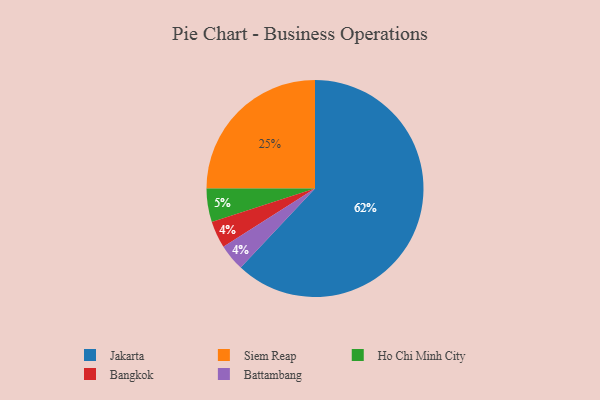
{"axis": {"x": "Category", "y": "Percentage"}, "legend": ["Bangkok", "Battambang", "Ho Chi Minh City", "Jakarta", "Siem Reap"], "data": [{"x": "Ho Chi Minh City", "y": 5, "type": "Ho Chi Minh City"}, {"x": "Bangkok", "y": 4, "type": "Bangkok"}, {"x": "Jakarta", "y": 62, "type": "Jakarta"}, {"x": "Battambang", "y": 4, "type": "Battambang"}, {"x": "Siem Reap", "y": 25, "type": "Siem Reap"}]}